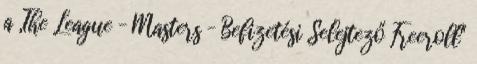
a „The League – Masters – Befizetési Selejtező Freeroll"